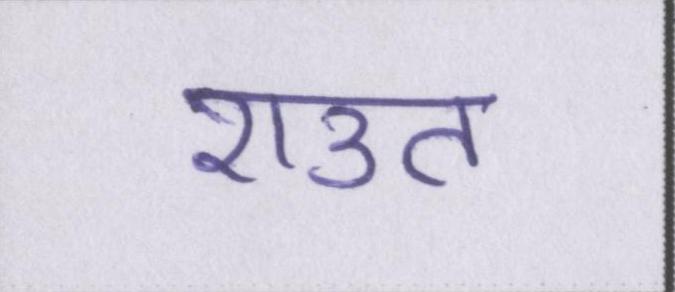
राउत